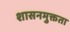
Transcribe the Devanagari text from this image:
शासनमुक्तता